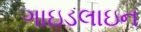
ગાઇડલાઇન